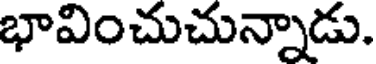
భావించుచున్నాడు.